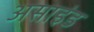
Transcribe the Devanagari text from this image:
असाइंड